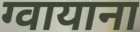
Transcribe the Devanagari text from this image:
ग्वायाना